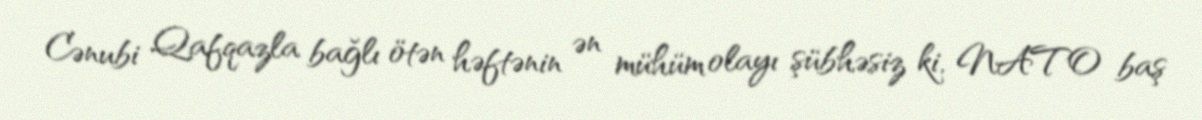
Cənubi Qafqazla bağlı ötən həftənin ən mühüm olayı şübhəsiz ki, NATO baş